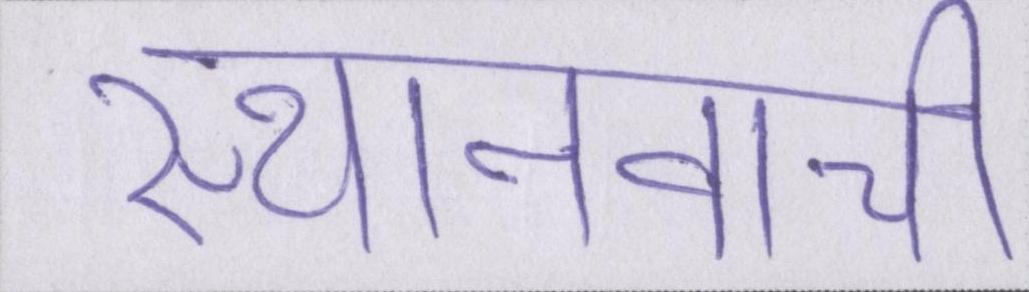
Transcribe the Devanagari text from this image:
स्थानवाची